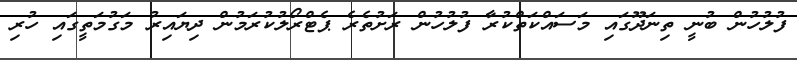
ފުލުހުން ބުނީ ތިނަދޫގައި މަސައްކަތްކުރާ ފުލުހުން ރަށުތެރެ ޕެޓްރޯލުކުރަމުން ދިޔައިރު މަގުމަތީގައި ހުރި